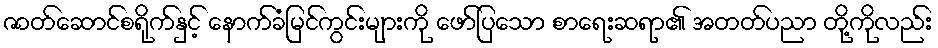
ဇာတ်ဆောင်စရိုက်နှင့် နောက်ခံမြင်ကွင်းများကို ဖော်ပြသော စာရေးဆရာ၏ အတတ်ပညာ တို့ကိုလည်း